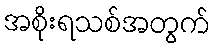
အစိုးရသစ်အတွက်